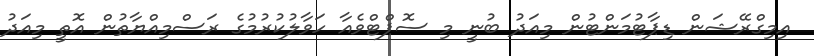
އިމިގްރޭޝަން ޑިޕާޓުމަންޓުން މިއަދު ބުނީ މި ސޮޕްޓްވެއާ ހަވާލުކުރުމުގެ ރަސްމިއްޔާތުން އޮތީ މިއަދު